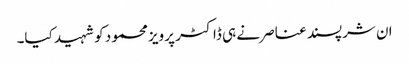
ان شرپسند عناصر نے ہی ڈاکٹر پرویز محمود کو شہید کیا۔